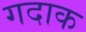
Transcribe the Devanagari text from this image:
गदाक